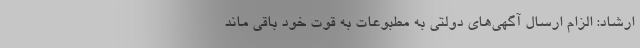
ارشاد: الزام ارسال آگهی‌های دولتی به مطبوعات به قوت خود باقی ماند